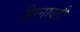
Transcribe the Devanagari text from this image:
हिरनावती